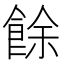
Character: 餘